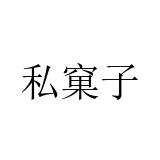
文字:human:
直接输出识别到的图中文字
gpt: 私窠子